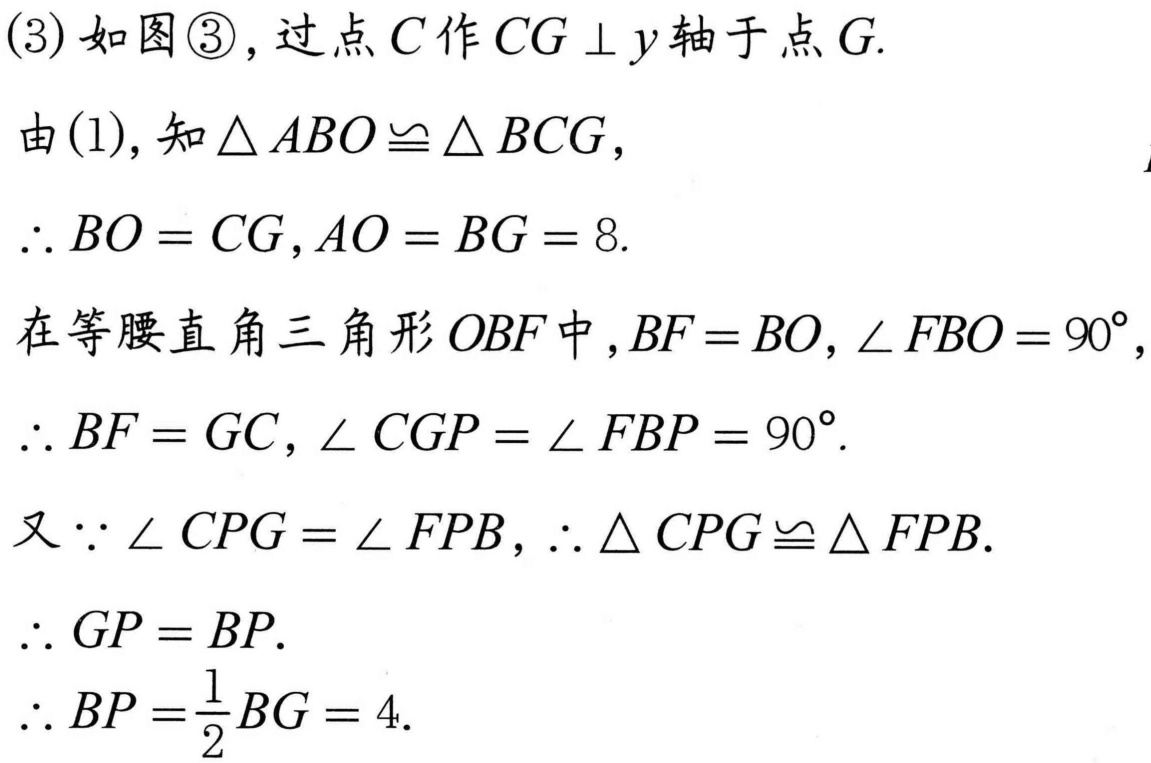
(3) 如图\textcircled{3}，过点\(C\)作\(CG\perp y\)轴于点\(G\).
由(1), 知\(\triangle ABO\cong\triangle BCG\)，
\(\therefore BO = CG,AO = BG = 8\).
在等腰直角三角形\(OBF\)中，\(BF = BO,\angle FBO = 90^{\circ}\)，
\(\therefore BF = GC,\angle CGP=\angle FBP = 90^{\circ}\).
又\(\because\angle CPG=\angle FPB\)，\(\therefore\triangle CPG\cong\triangle FPB\).
\(\therefore GP = BP\).
\(\therefore BP=\frac{1}{2}BG = 4\).